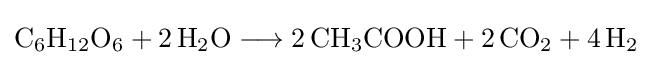
{\mathrm {C} {\vphantom {A}}_{\smash[{t}]{6}}\mathrm {H} {\vphantom {A}}_{\smash[{t}]{12}}\mathrm {O} {\vphantom {A}}_{\smash[{t}]{6}}{}+{}2\,\mathrm {H} {\vphantom {A}}_{\smash[{t}]{2}}\mathrm {O} {}\mathrel {\longrightarrow } {}2\,\mathrm {CH} {\vphantom {A}}_{\smash[{t}]{3}}\mathrm {COOH} {}+{}2\,\mathrm {CO} {\vphantom {A}}_{\smash[{t}]{2}}{}+{}4\,\mathrm {H} {\vphantom {A}}_{\smash[{t}]{2}}}